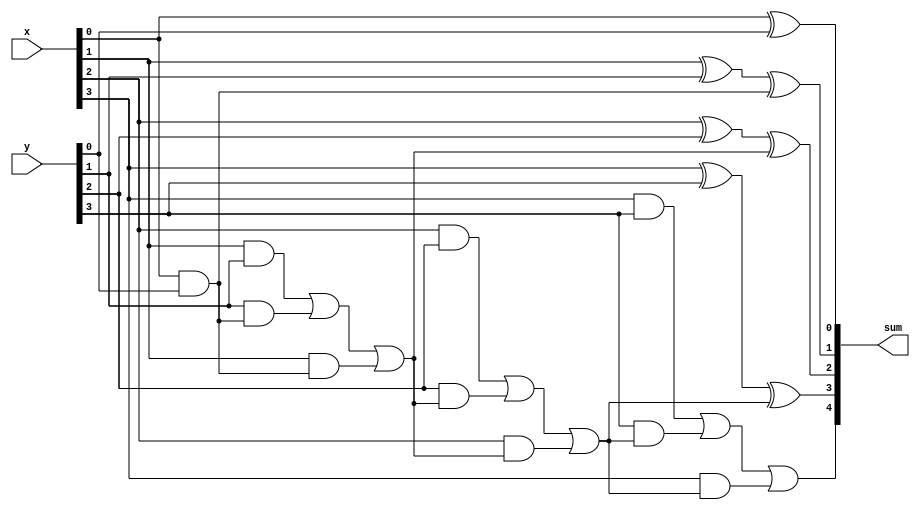
module top_module (
    input [3:0] x,
    input [3:0] y, 
    output [4:0] sum
);
    wire [3:0] cout;
    integer i;
    
    always @ (*) begin
        for (i=0; i<4; i=i+1) begin
            if (i == 0) begin
                sum[0] = x[0] ^ y[0] ^ 1'b0;
                cout[0] = x[0] & y[0] | y[0] & 1'b0 | x[0] & 1'b0;
            end
            else begin
                sum[i] = x[i] ^ y[i] ^ cout[i-1];
                cout[i] = x[i] & y[i] | y[i] & cout[i-1] | x[i] & cout[i-1];
            end
        end
    end
    
    assign sum[4] = cout[3];
    
endmodule
module top_module (
    input [3:0] x,
    input [3:0] y, 
    output [4:0] sum);
    wire [3:0] cout;
    genvar i;
    generate
        for(i=0;i<4;i=i+1) begin:adder
            if(i==0)
            	FA u1 (.a(x[0]),.b(y[0]),.sum(sum[0]),.cout(cout[0]));
            else
                FA u1 (.a(x[i]),.b(y[i]),.cin(cout[i-1]),.sum(sum[i]),.cout(cout[i])); 
        end
        assign sum[4] = cout[3];
    endgenerate
endmodule
module FA ( input a, input b, input cin,   output sum, output cout );
	assign sum = a^b^cin;
    assign cout = a&b|a&cin|b&cin;
endmodule